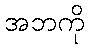
အဘကို